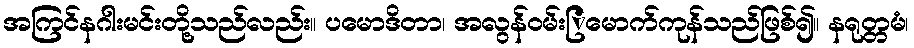
အကြင်နဂါးမင်းတို့သည်လည်း။ ပမောဒိတာ၊ အလွန်ဝမ်းြမောက်ကုန်သည်ဖြစ်၍။ နရုတ္တမံ၊